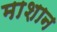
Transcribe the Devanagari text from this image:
माशान